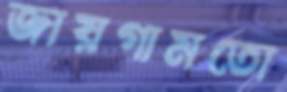
জায়গামতো